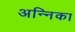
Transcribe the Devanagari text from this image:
अन्निका